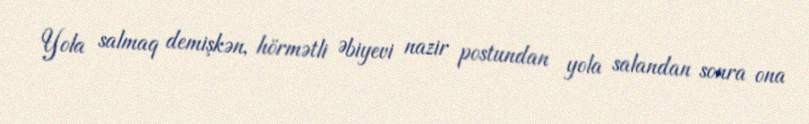
Yola salmaq demişkən, hörmətli Əbiyevi nazir postundan yola salandan sonra ona